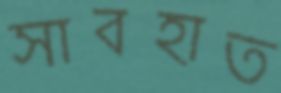
সাবহাত